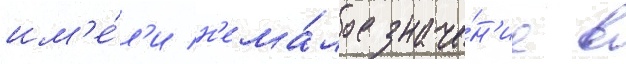
им'е́л'и н'ема́лое значе́н'ие в